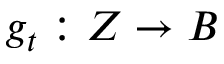
g _ { t } : Z \to B